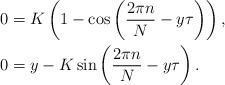
LaTeX: \begin{align*}\begin{aligned}0 & =K\left(1-\cos\left(\frac{2\pi n}{N}-y\tau\right)\right),\\0 & =y-K\sin\left(\frac{2\pi n}{N}-y\tau\right).\end{aligned}\end{align*}